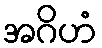
အဂိဟံ